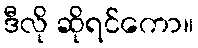
ဒီလို ဆိုရင်ကော။